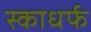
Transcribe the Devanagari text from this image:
स्काधर्फ